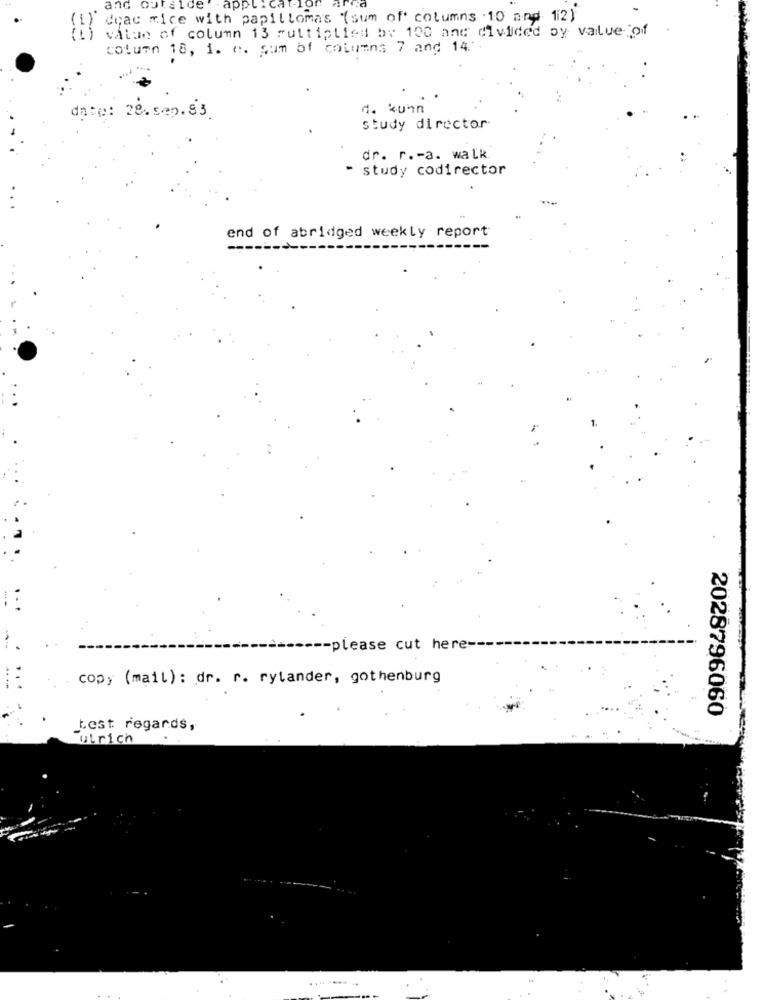
and outside application
Coac mice with papillomas (sum of columns 10 and 12)
(L) vatan of column 13 multiplied by 100 and divided by value of .
column 18, i. e. sum of columns 7 and 14 ..
4. kuhn
date: 28. sep. 83.
study director
dr. r .- a. walk
- study codirector
end of abridged weekly report
-- please cut here-
.. .
copy (mail): dr. r. rylander, gothenburg
2028796060
best regards,
ulrich